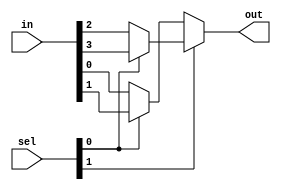

module mux_cond(sel, in, out);
  input [1:0] sel;
  input [3:0] in;
  output out;

//Continuous assignment using conditional operators

  assign out = (sel[1] ? (sel[0] ? in[3] : in[2]) : (sel[0] ? in[1] : in[0]));

endmodule